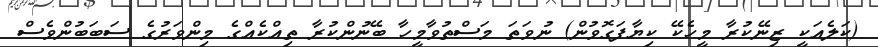
(ކަލެއަކީ ޒިނޭކުރާ މީހެކޭ ކިޔާފަގޮވުން) ނުވަތަ މަސްތުވާމީހާ ބޭނުންކުރާ ތިއްކެއްގެ މިންވަރުގެ ސަބަބުންވެސް